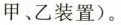
甲、乙装置）。